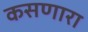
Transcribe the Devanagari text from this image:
कसणारा